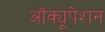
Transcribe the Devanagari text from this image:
ऑक्यूपेशन